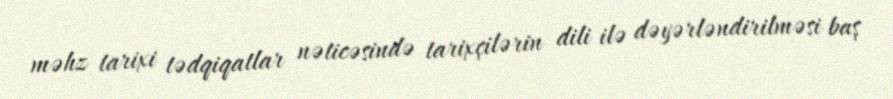
məhz tarixi tədqiqatlar nəticəsində tarixçilərin dili ilə dəyərləndirilməsi baş